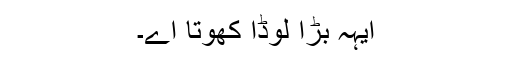
ایہہ بڑا لُوڈا کھوتا اے۔